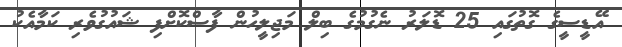
އޭޑީސީގެ ގޮތުގައި 25 ޑޮލަރު ނެގުމުގެ ބިލް މަޖިލީހުން ފާސްކޮށްފި ޝައުގުވެރި ކަމާއެކު